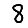
Digit: 8